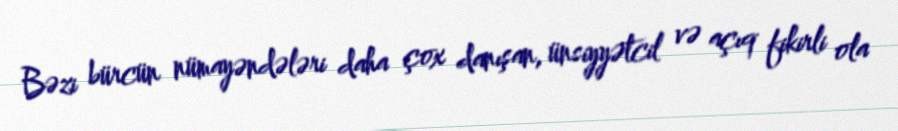
Bəzi bürcün nümayəndələri daha çox danışan, ünsiyyətcil və açıq fikirli ola